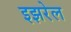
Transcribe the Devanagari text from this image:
इझरेल